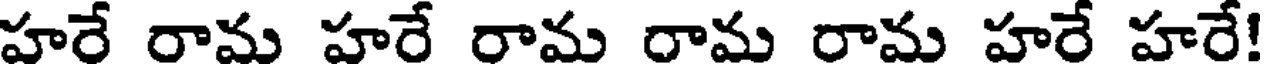
హరే రామ హరే రామ రామ రామ హరే హరే!